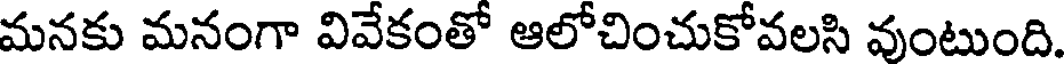
మనకు మనంగా వివేకంతో ఆలోచించుకోవలసి వుంటుంది.